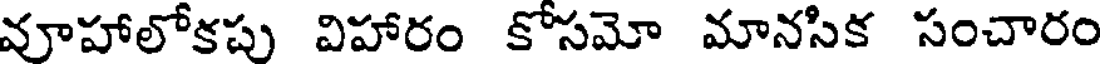
వూహాలోకపు విహారం కోసమో మానసిక సంచారం